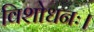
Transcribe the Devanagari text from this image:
विशोधनः।